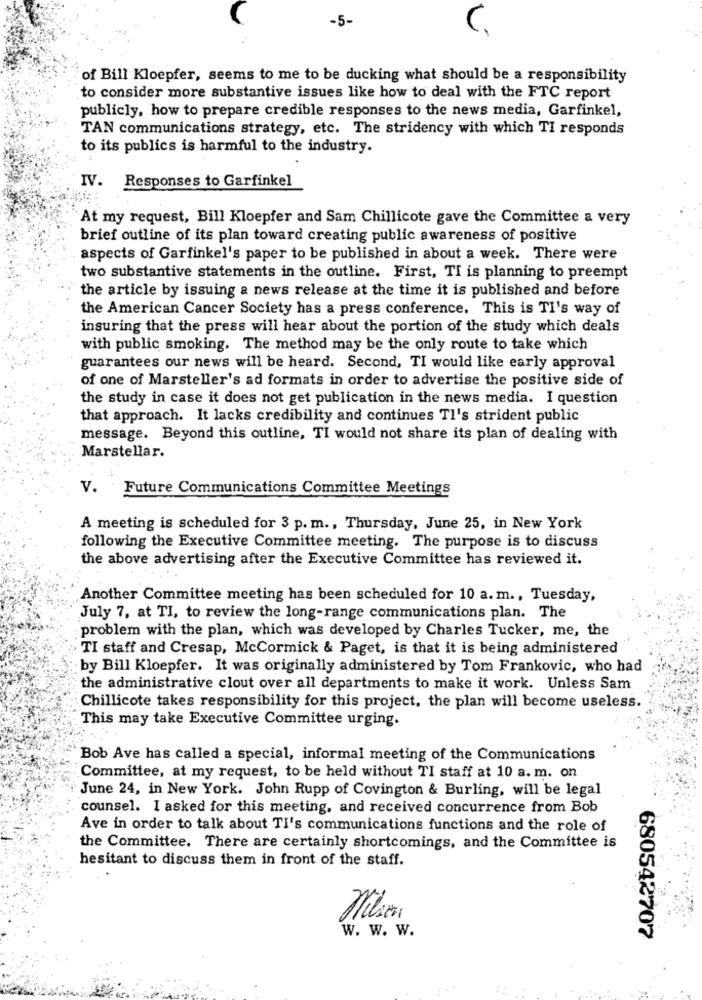
-5-
of Bill Kloepfer, seems to me to be ducking what should be a responsibility
to consider more substantive issues like how to deal with the FTC report
publicly, how to prepare credible responses to the news media, Garfinkel,
TAN communications strategy, etc. The stridency with which TI responds
to its publics is harmful to the industry.
Responses to Garfinkel
IV.
At my request, Bill Kloepfer and Sam Chillicote gave the Committee a very
brief outline of its plan toward creating public awareness of positive
aspects of Garfinkel's paper to be published in about a week. There were
two substantive statements in the outline. First, TI is planning to preempt
the article by issuing a news release at the time it is published and before
the American Cancer Society has a press conference. This is TI's way of
insuring that the press will hear about the portion of the study which deals
with public smoking. The method may be the only route to take which
guarantees our news will be heard. Second, TI would like early approval
of one of Marsteller's ad formats in order to advertise the positive side of
the study in case it does not get publication in the news media. I question
that approach. It lacks credibility and continues Tl's strident public
message. Beyond this outline, TI would not share its plan of dealing with
Marstellar.
v.
Future Communications Committee Meetings
A meeting is scheduled for 3 p. m ., Thursday, June 25, in New York
following the Executive Committee meeting. The purpose is to discuss
the above advertising after the Executive Committee has reviewed it.
Another Committee meeting has been scheduled for 10 a. m ., Tuesday,
July 7, at TI, to review the long-range communications plan. The
problem with the plan, which was developed by Charles Tucker, me, the
TI staff and Cresap, McCormick & Paget, is that it is being administered
-by Bill Kloepfer. It was originally administered by Tom Frankovic, who had
the administrative clout over all departments to make it work. Unless Sam
Chillicote takes responsibility for this project, the plan will become useless.
This may take Executive Committee urging.
Bob Ave has called a special, informal meeting of the Communications
Committee, at my request, to be held without TI staff at 10 a. m. on
June 24, in New York. John Rupp of Covington & Burling, will be legal
counsel. I asked for this meeting, and received concurrence from Bob
Ave in order to talk about TI's communications functions and the role of
the Committee. There are certainly shortcomings, and the Committee is
hesitant to discuss them in front of the staff.
w. w. w.
680542707